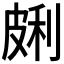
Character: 𰤩